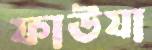
ফাউযা